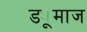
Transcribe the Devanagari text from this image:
ड्यूमाज